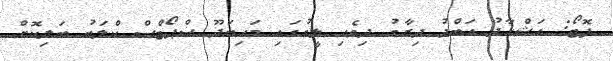
ފޮޓޯ: އަޝްހާދު އަބްދު ދިރާގު ދިވެހި ލީގުގައި މަހިބަދޫ ސްޕޯޓްސް ކްލަބު ބަލިކޮށް